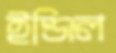
ইঞ্জিল